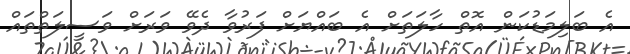
އެ ބަލިމަޑުކަން އޮތް ހާލަތަށް އެ ބައްޔަށް ފަރުވާ ދެވޭ ވަރަށް ވަސީލަތްތައް